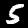
Label: 5